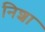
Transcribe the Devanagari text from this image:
निशा